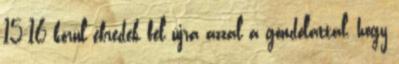
15-16 körül ébredek fel újra azzal a gondolattal, hogy